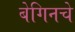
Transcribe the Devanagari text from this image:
बेगिनचे